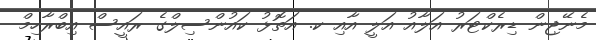
މެނޭޖިން ޑިރެކްޓަރު އަލާއު އަލީ އާއި ކ. އަތޮޅު ކައުންސިލްގެ ރައީސް އިބްރާހިމް